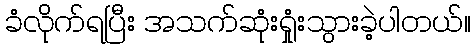
ခံလိုက်ရပြီး အသက်ဆုံးရှုံးသွားခဲ့ပါတယ်။